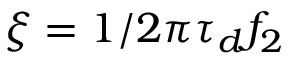
\xi = 1 / 2 \pi \tau _ { d } f _ { 2 }